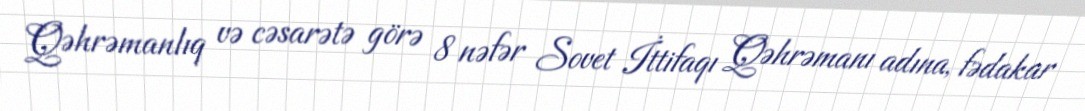
Qəhrəmanlıq və cəsarətə görə 8 nəfər Sovet İttifaqı Qəhrəmanı adına, fədakar